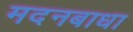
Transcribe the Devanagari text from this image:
मदनबाधा